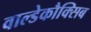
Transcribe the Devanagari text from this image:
वाल्डेकौक्सिब